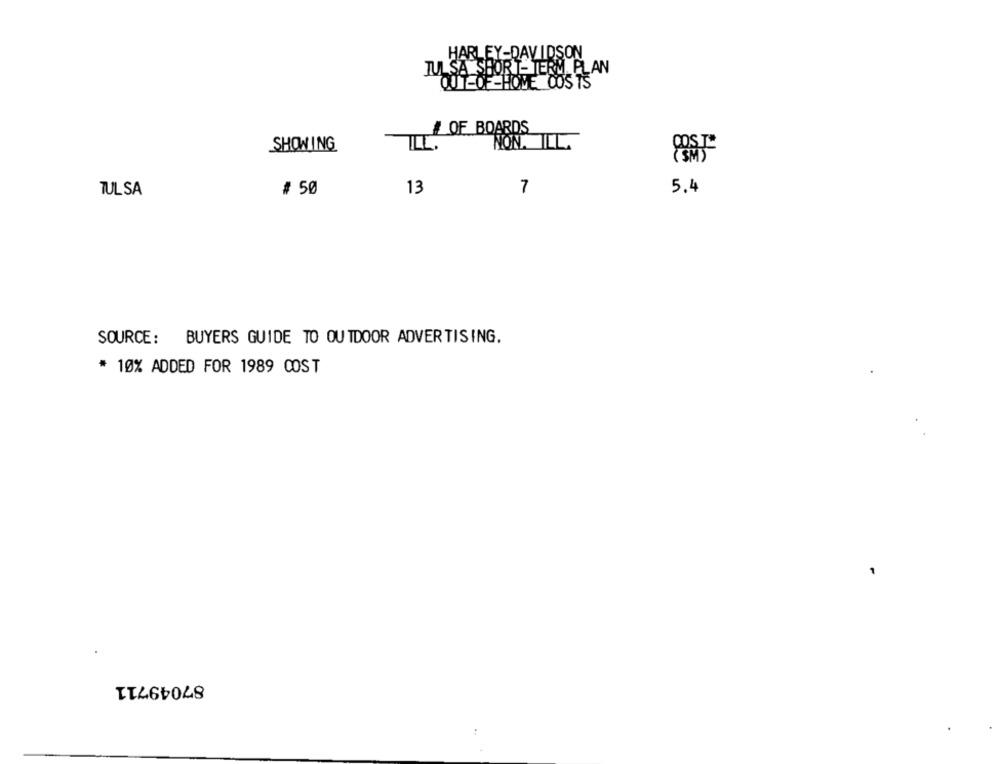
HARLEY-DAVIDSON
TULSA SHORT-TERM PLAN
OUT-OF -HOME COSTS
# OF BOARDS
NON. ILL.
SHOWING
TIL.
TUL SA
# 50
13
7
5.4
SOURCE: BUYERS GUIDE TO OUTDOOR ADVERTISING.
* 10% ADDED FOR 1989 COST
87049711